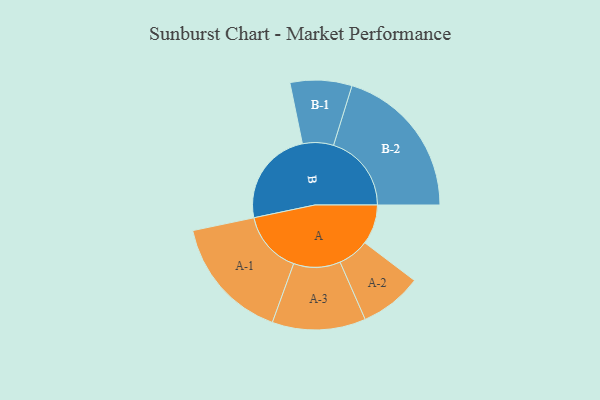
{"axis": {"x": "Segment", "y": "Value"}, "legend": ["", "A", "B"], "data": [{"x": "A", "y": 143, "type": ""}, {"x": "B", "y": 347, "type": ""}, {"x": "A-1", "y": 224, "type": "A"}, {"x": "A-2", "y": 112, "type": "A"}, {"x": "A-3", "y": 168, "type": "A"}, {"x": "B-1", "y": 111, "type": "B"}, {"x": "B-2", "y": 280, "type": "B"}]}